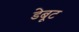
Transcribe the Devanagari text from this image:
डेबूट